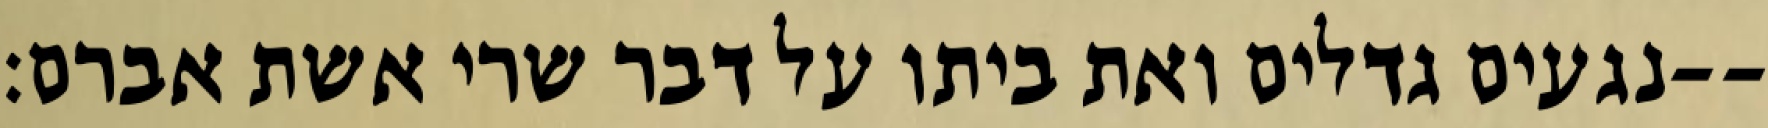
נגעים גדלים ואת ביתו על דבר שרי אשת אברם׃--